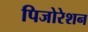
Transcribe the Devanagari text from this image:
पिजोरेशन